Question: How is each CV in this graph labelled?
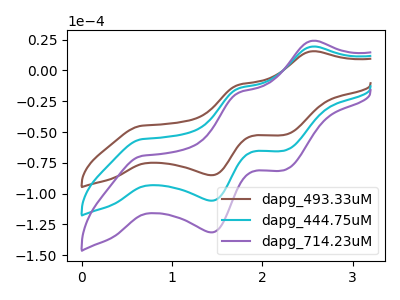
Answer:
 <answer>The brown curve is labeled "dapg_493.33uM". The cyan curve is labeled "dapg_444.75uM". The purple curve is labeled "dapg_714.23uM".</answer>
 <eval></eval>